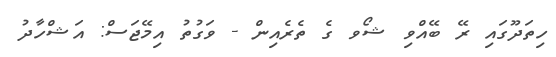
ހިތަދޫގައި ރޭ ބޭއްވި ޝޯވ ގެ ތެރެއިން - ވަގުތު އިމޭޖަސް: އަޝްހާދު